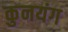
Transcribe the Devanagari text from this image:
कुनयंग